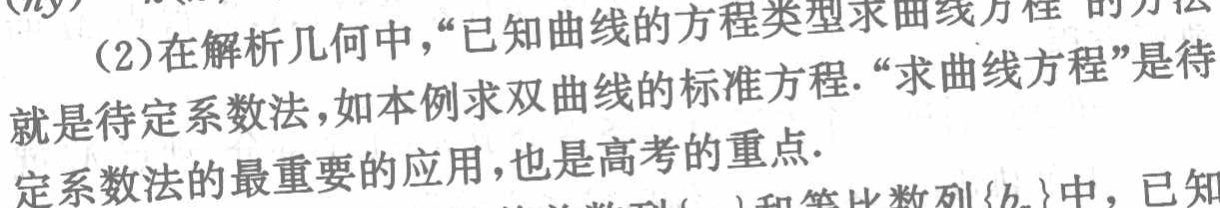
(2)在解析几何中，“已知曲线的方程类型求曲线方程”的方法就是待定系数法，如本例求双曲线的标准方程.“求曲线方程”是待定系数法的最重要的应用，也是高考的重点.  在数列\(\{a_{n}\}\)和等比数列\(\{b_{n}\}\)中，已知